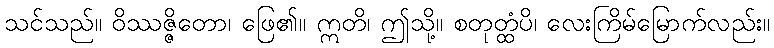
သင်သည်။ ဝိဿဇ္ဇိတော၊ ဖြေ၏။ ဣတိ၊ ဤသို့။ စတုတ္ထံပိ၊ လေးကြိမ်မြောက်လည်း။